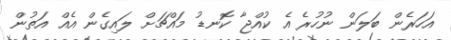
އަހަރެން ބަލަން ނުހުރެ އެ ކުއްޖާ ކޮނޑު މައްޗަށް ލައިގެން އެއް އަތުން